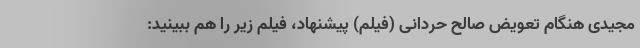
مجیدی هنگام تعویض صالح حردانی (فیلم) پیشنهاد، فیلم زیر را هم ببینید: